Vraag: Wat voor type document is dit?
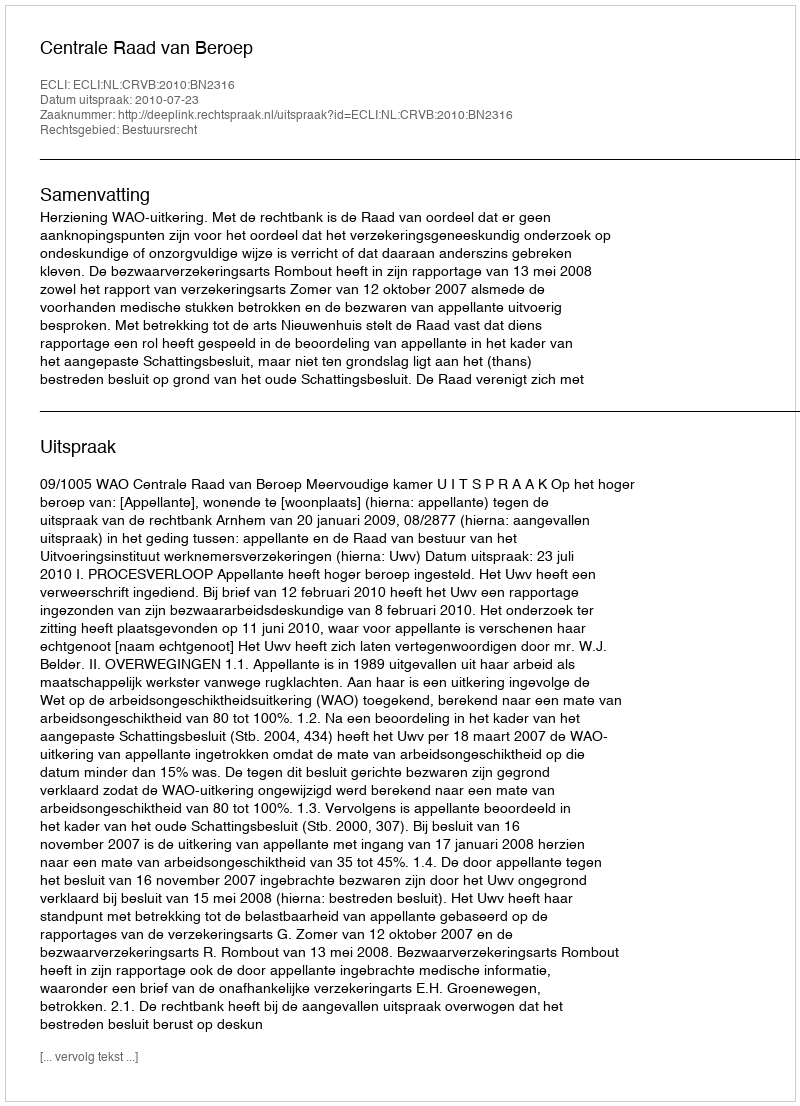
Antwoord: Uitspraak